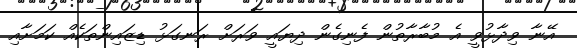
އޭނާ ވިދާޅުވީ އެ މުބާރާތުން ފެނިގެން ދިޔައީ ވަރަށް ރަނގަޅު ޑިޒައިންތަކެއް ކަމަށާއި